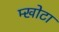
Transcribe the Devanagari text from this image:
म्खोटा